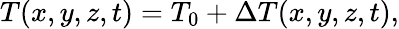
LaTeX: \begin{array}{r}{T(x,y,z,t)=T_{0}+\Delta T(x,y,z,t),}\end{array}